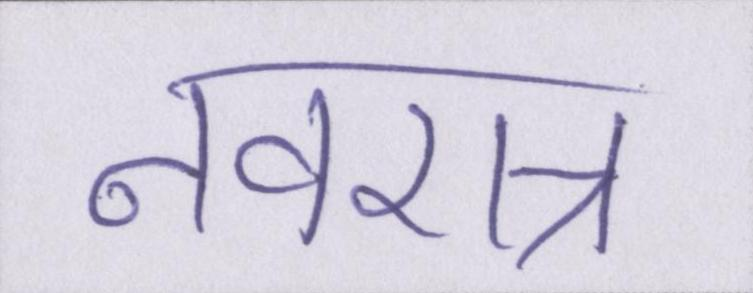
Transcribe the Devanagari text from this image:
नवरात्र